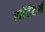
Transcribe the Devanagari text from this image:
शॉर्टटर्म